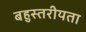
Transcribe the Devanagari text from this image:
बहुस्तरीयता